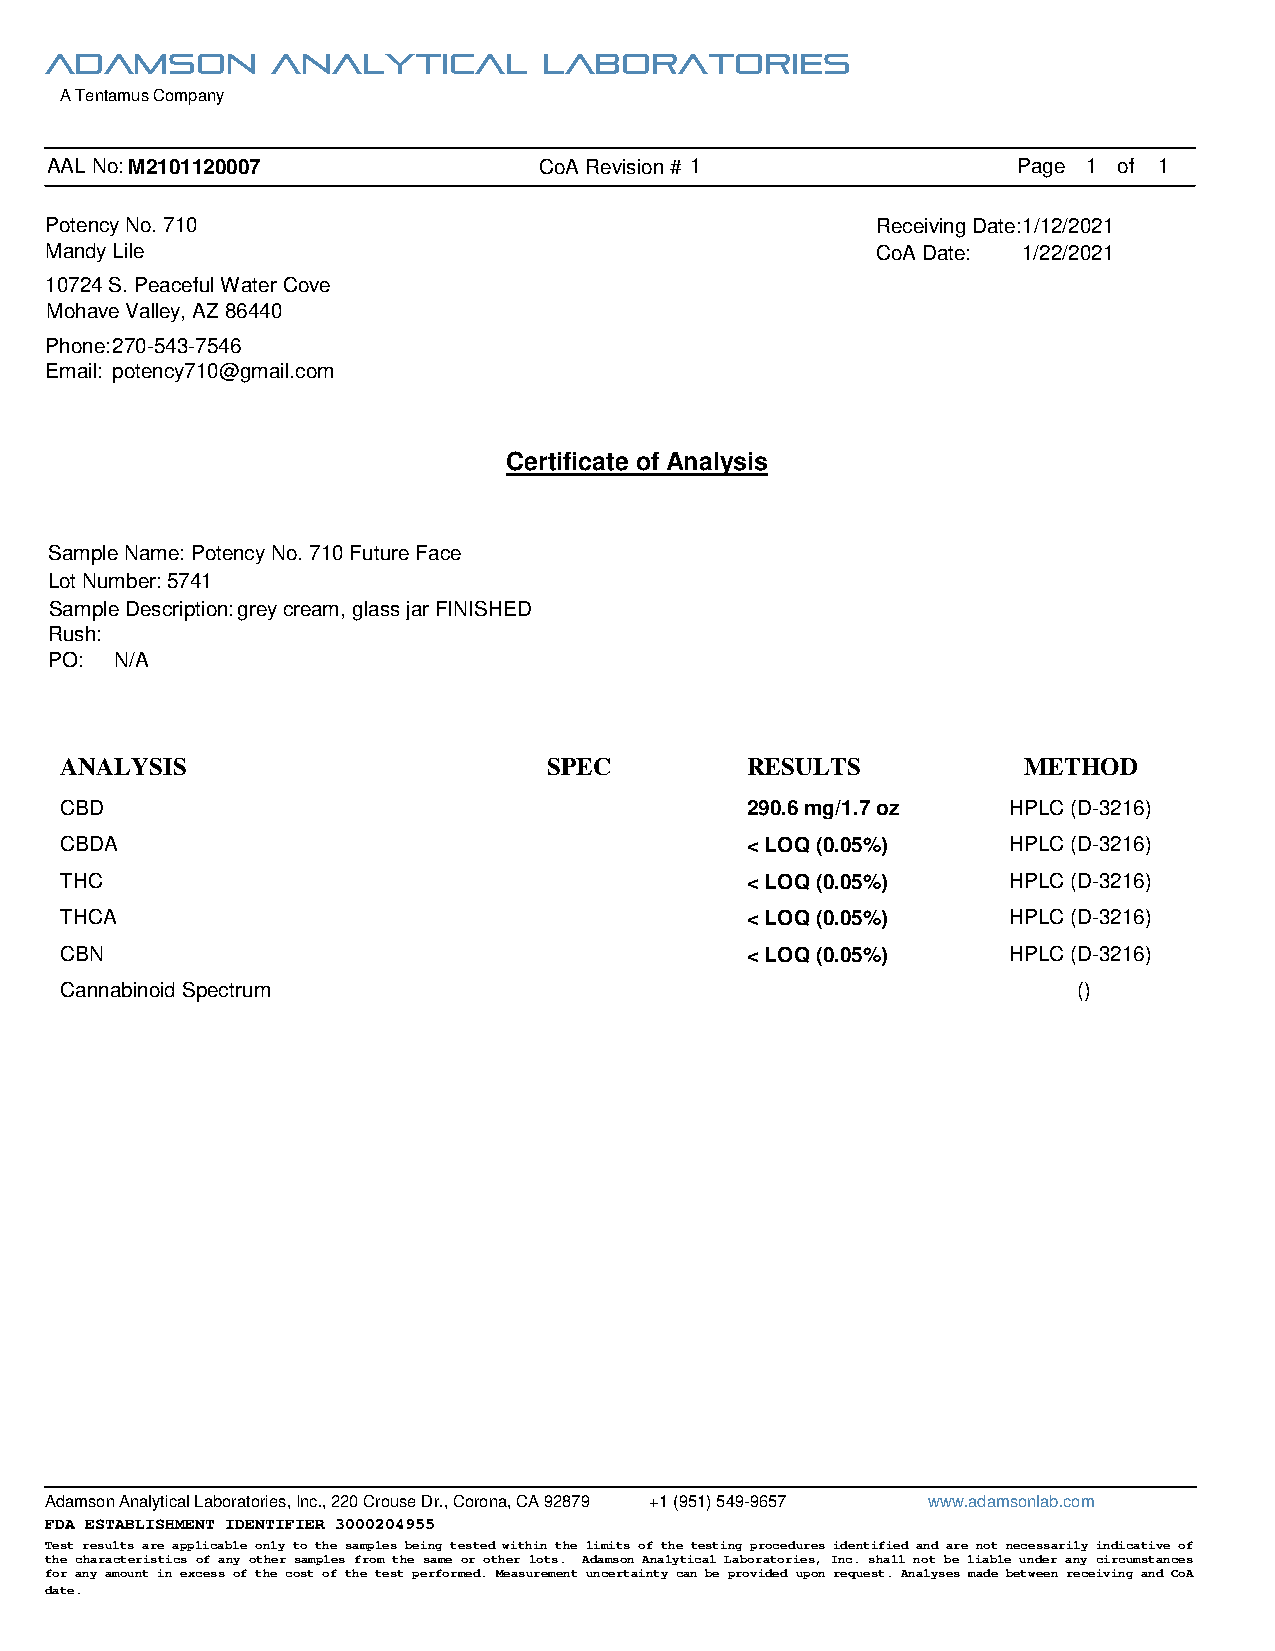
Adamson        Analytical        Laboratories
 A Tentamus Company
 AAL No: M2101120007              CoA Revision # 1               Page 1 of 1
 Potency No. 710                                        Receiving Date: 1/12/2021
 Mandy Lile                                             CoA Date: 1/22/2021
 10724 S. Peaceful Water Cove
 Mohave Valley, AZ 86440
 Phone: 270-543-7546
 Email: potency710@gmail.com
 Certificate of Analysis
 Sample Name: Potency No. 710 Future Face
 Lot Number: 5741
 Sample Description: grey cream, glass jar FINISHED
 Rush:
 PO:  N/A
 Sample / Container Appearance: Acc
 ANALYSIS                        SPEC         RESULTS            METHOD
 CBD                                          290.6 mg/1.7 oz   HPLC (D-3216)
 CBDA                                         < LOQ (0.05%)     HPLC (D-3216)
 THC                                          < LOQ (0.05%)     HPLC (D-3216)
 THCA                                         < LOQ (0.05%)     HPLC (D-3216)
 CBN                                          < LOQ (0.05%)     HPLC (D-3216)
 Cannabinoid Spectrum                                               ()
 Adamson Analytical Laboratories, Inc., 220 Crouse Dr., Corona, CA 92879 +1 (951) 549-9657 www.adamsonlab.com
 FDA ESTABLISHMENT IDENTIFIER 3000204955
 Test results are applicable only to the samples being tested within the limits of the testing procedures identified and are not necessarily indicative of
 the characteristics of any other samples from the same or other lots. Adamson Analytical Laboratories, Inc. shall not be liable under any circumstances
 for any amount in excess of the cost of the test performed. Measurement uncertainty can be provided upon request. Analyses made between receiving and CoA
 date.